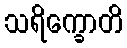
သရိက္ခောတိ